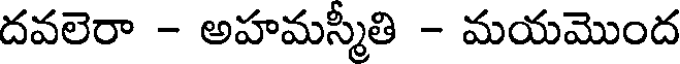
దవలెరా - అహమస్మీతి - మయమొంద